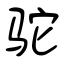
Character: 驼